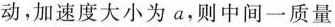
动，加速度大小为a，则中间一质量